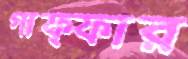
গাফ্ফার